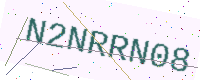
Text: N2NRRN08